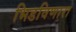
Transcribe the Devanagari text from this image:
भिडविणारा